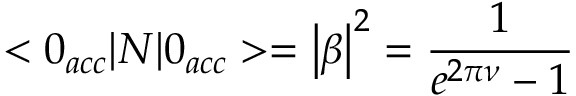
< 0 _ { a c c } | N | 0 _ { a c c } > = \left| \beta \right| ^ { 2 } = \frac { 1 } { e ^ { 2 \pi \nu } - 1 }